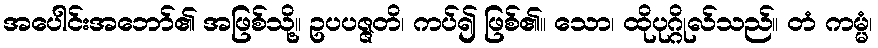
အပေါင်းအဘော်၏ အဖြစ်သို့။ ဥပပဇ္ဇတိ၊ ကပ်၍ ဖြစ်၏။ သော၊ ထိုပုဂ္ဂိုလ်သည်။ တံ ကမ္မံ၊